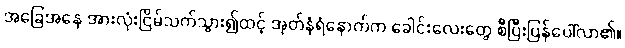
အခြေအနေ အားလုံးငြိမ်သက်သွား၍ထင့် အုတ်နံရံနောက်က ခေါင်းလေးတွေ စီပြီးပြန်ပေါ်လာ၏။